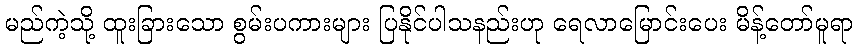
မည်ကဲ့သို့ ထူးခြားသော စွမ်းပကားများ ပြနိုင်ပါသနည်းဟု ရေလာမြောင်းပေး မိန့်တော်မူရာ